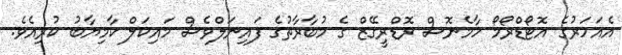
އެއަހަރުގެ އޮޓޯޑްރޯމޯ ހާމެނޮސް ރޮޑްރީގޭޒް ގެ މުބާރާތުގެ ފައިނަލްވެސް މައިކަލް ކާމިޔާބު ކުރިއެވެ.